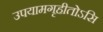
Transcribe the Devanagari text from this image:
उपयामगृहीतोऽसि